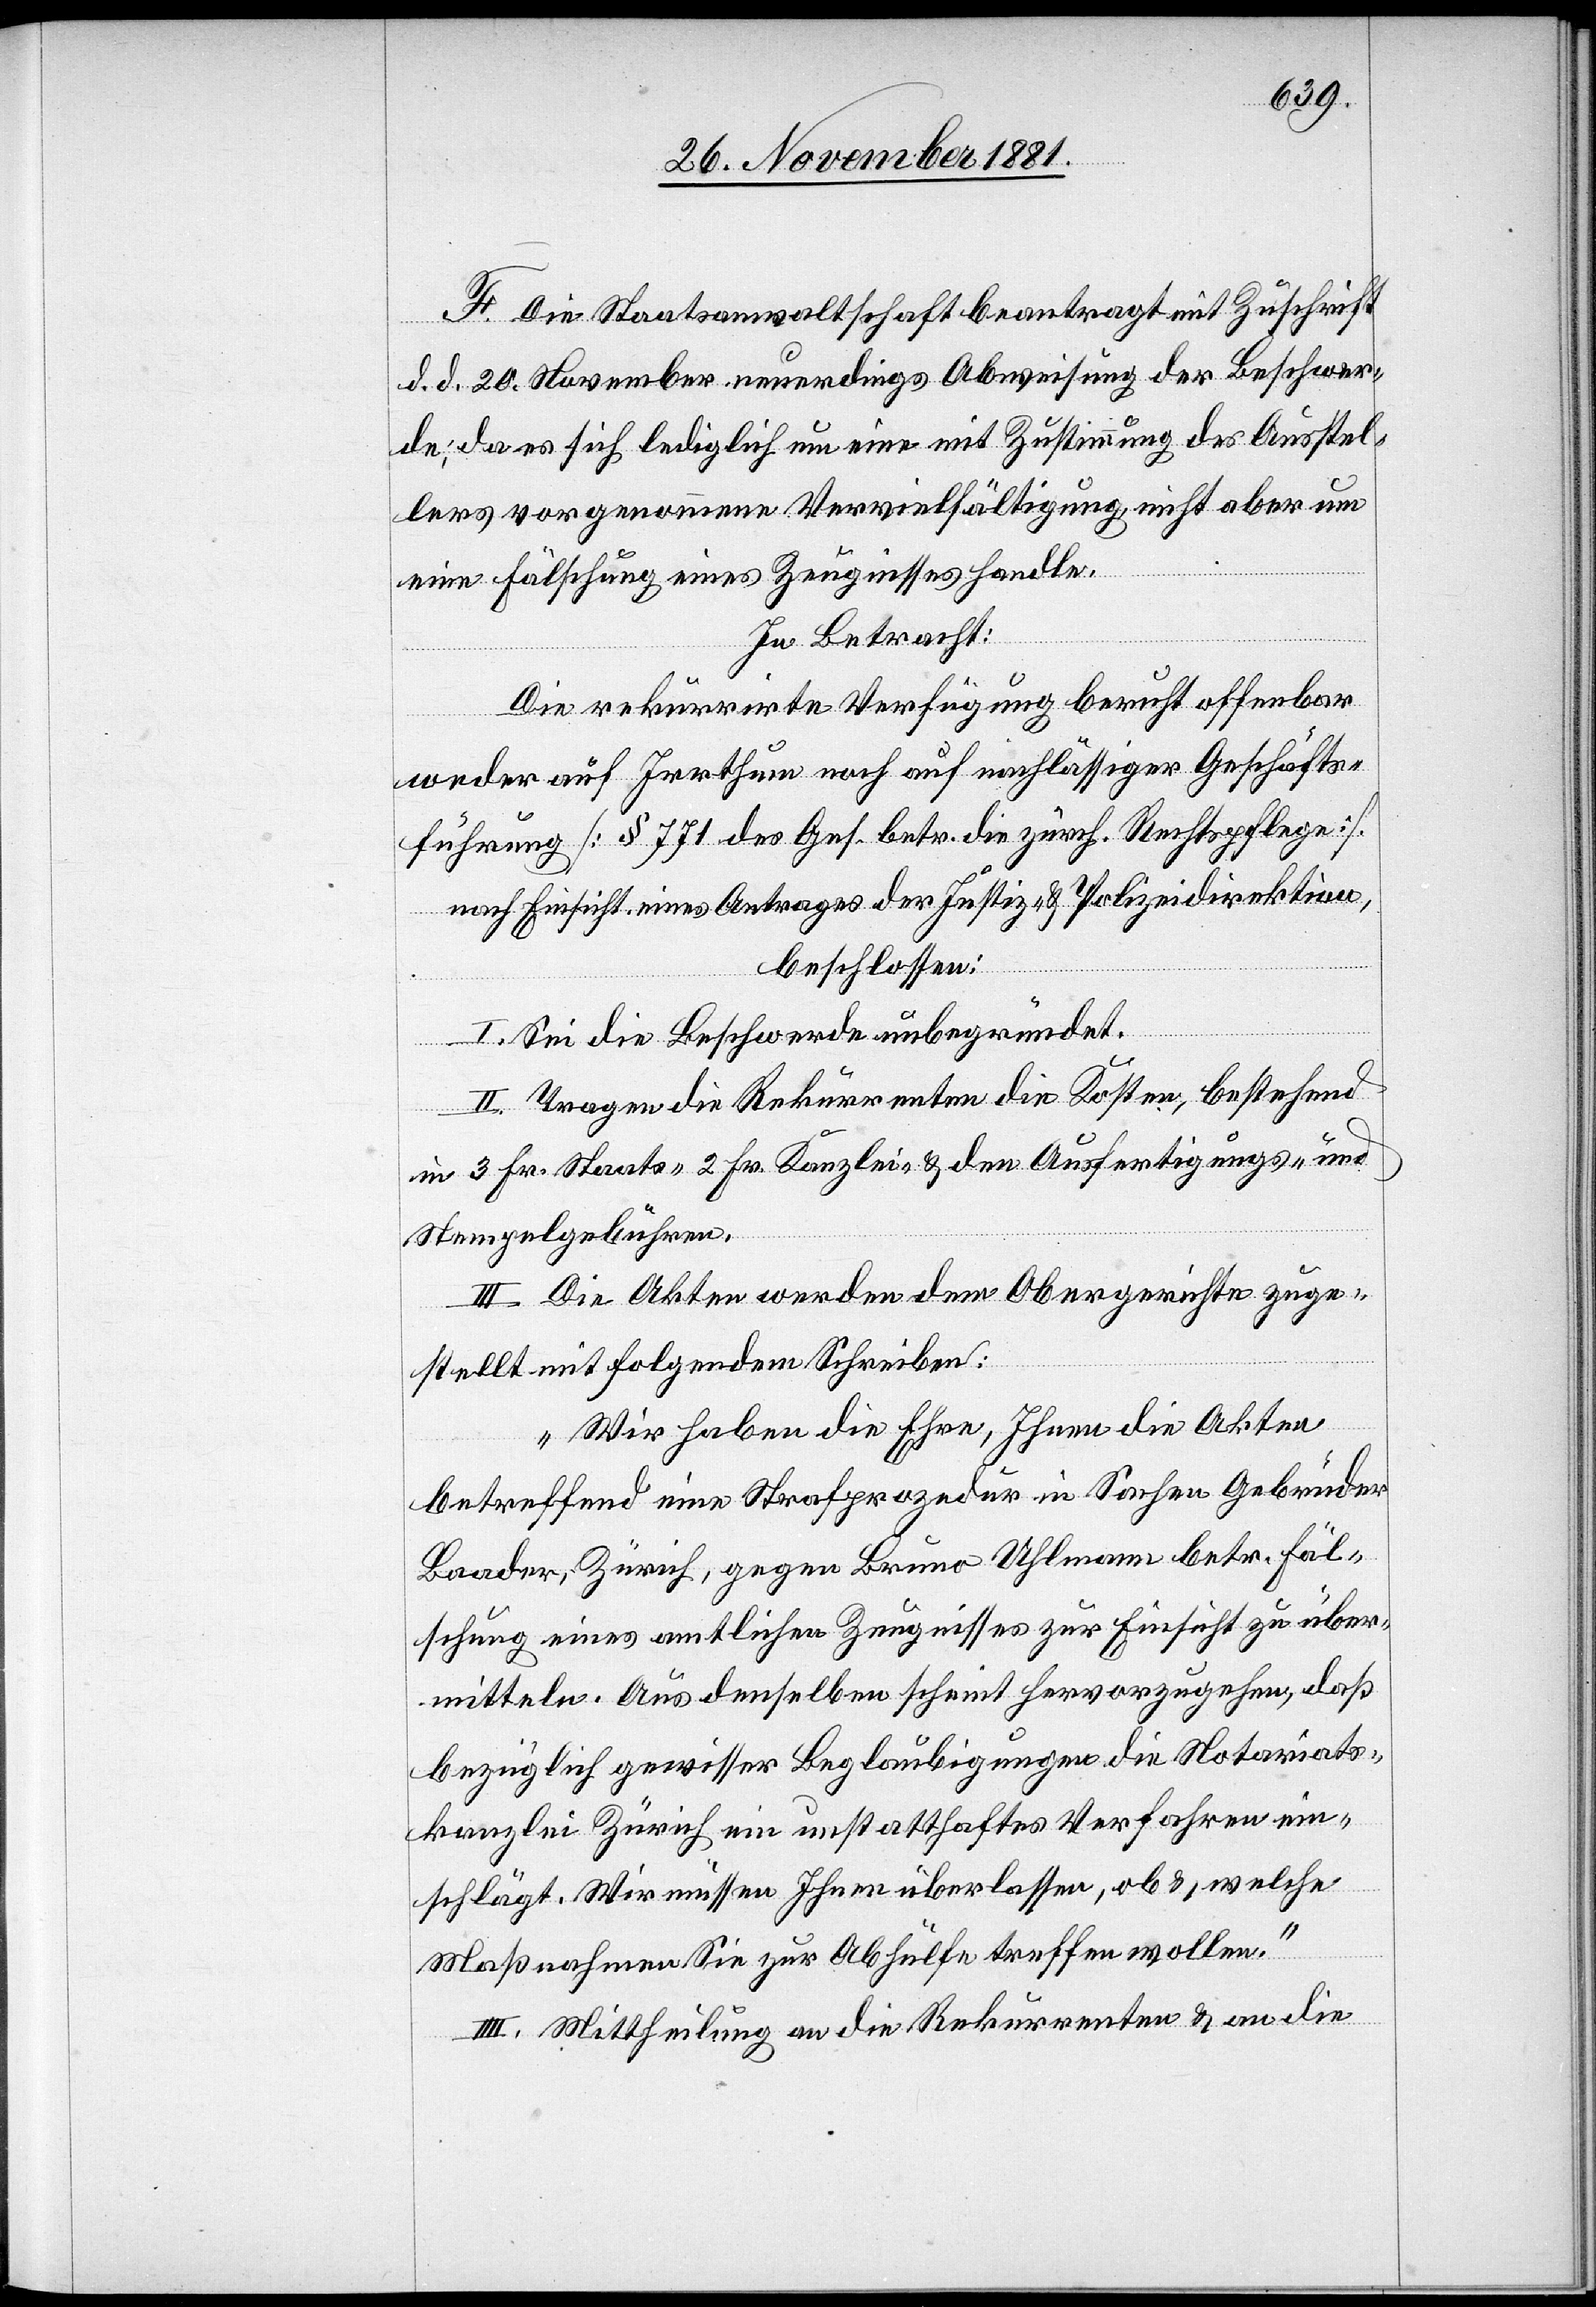
F. Die Staatsanwaltschaft beantragt mit Zuschrift
d. d. 20. November neuerdings Abweisung der Beschwer¬
de, da es sich lediglich um eine mit Zustimmung des Ausstel¬
lers vorgenommene Vervielfältigung, nicht aber um
eine Fälschung eines Zeugnisses handle.
In Betracht:
Die rekurrirte Verfügung beruht offenbar
weder auf Irrthum noch auf nachlässiger Geschäfts¬
führung [§ 771 des Ges. betr. die zürch. Rechtspflege].
nach Einsicht eines Antrages der Justiz- & Polizeidirektion,
beschlossen:
I. Sei die Beschwerde unbegründet.
II. Tragen die Rekurrenten die Kosten, bestehend
in 3 Frk. Staats-[,] 2 Fr. Kanzlei- & den Ausfertigungs- &
Stempelgebühren.
III. Die Akten werden dem Obergerichte zuge¬
stellt mit folgendem Schreiben:
„Wir haben die Ehre, Ihnen die Akten
betreffend eine Strafprozedur in Sachen Gebrüder
Baader, Zürich, gegen Bruno Uhlmann betr. Fäl¬
schung eines amtlichen Zeugnisses zur Einsicht zu über¬
mitteln. Aus demselben scheint hervorzugehen, daß
bezüglich gewisser Beglaubigungen die Notariats¬
kanzlei Zürich ein unstatthaftes Verfahren ein¬
schlägt. Wir müssen Ihnen überlassen, ob &, welche
Maßnahmen Sie zur Abhülfe treffen wollen.“
IIII. Mittheilung an die Rekurrenten & an die